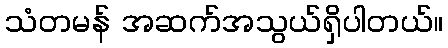
သံတမန် အဆက်အသွယ်ရှိပါတယ်။